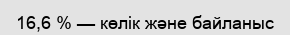
16,6 % — көлік және байланыс